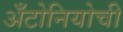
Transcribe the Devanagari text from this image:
अँटोनियोची